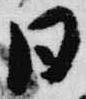
日